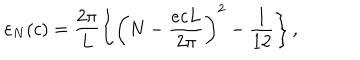
{ \varepsilon } _ { N } ( c ) = \frac { 2 \pi } { L } \left\{ \left( N - \frac { e c L } { 2 \pi } \right) ^ { 2 } - \frac { 1 } { 1 2 } \right\} ,